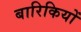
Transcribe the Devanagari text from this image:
बारिकियों